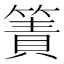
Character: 簀